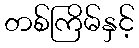
တစ်ကြိမ်နှင့်